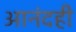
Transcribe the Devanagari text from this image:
आनंदही